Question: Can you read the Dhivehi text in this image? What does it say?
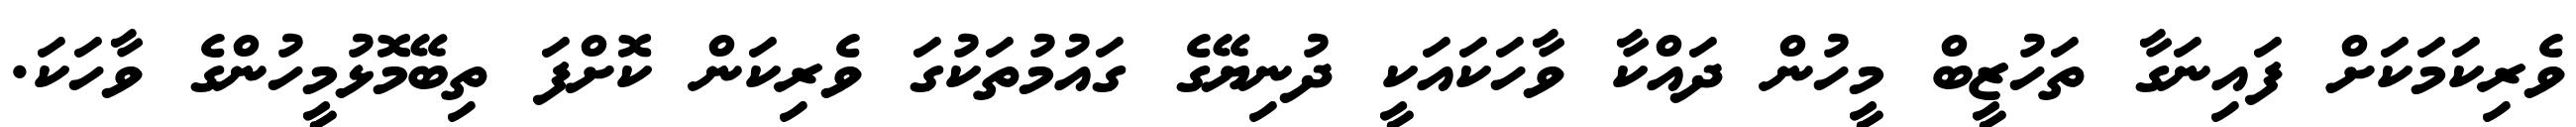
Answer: ވެރިކަމަކަށް ފައިނަގާ ތަހުޒީބް މީހުން ދައްކާ ވާހަކައަކީ ދުނިޔޭގެ ގައުމުތަކުގަ ވެރިކަން ކޮށްފަ ތިބޭމޮޅުމީހުންގެ ވާހަކަ.